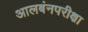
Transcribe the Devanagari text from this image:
आलबंनपरीक्षा